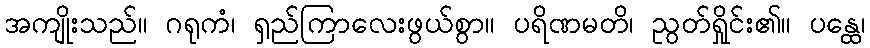
အကျိုးသည်။ ဂရုကံ၊ ရှည်ကြာလေးဖွယ်စွာ။ ပရိဏမတိ၊ ညွတ်ရှိုင်း၏။ ပန္ထေ၊